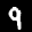
Label: 9